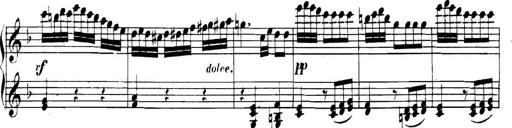
Title: Collected Piano Sonatas
Composer: Muzio Clementi